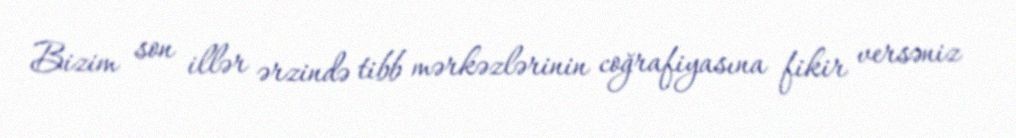
Bizim son illər ərzində tibb mərkəzlərinin coğrafiyasına fikir versəniz